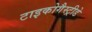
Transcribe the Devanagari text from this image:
टाइकोगैस्ट्रीडे